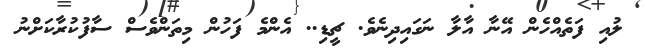
ލުއި ފަތެއްހެން އޭނާ އާލާ ނަގައިދިނެވެ. ޗީޑި.. އެންމެ ފަހުން މިތަންވެސް ސާފުކުރާކަށްނު